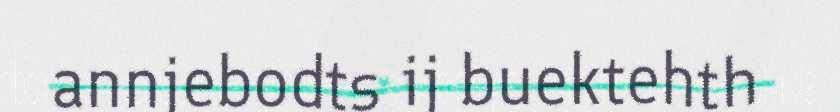
annjebodts ij buektehth